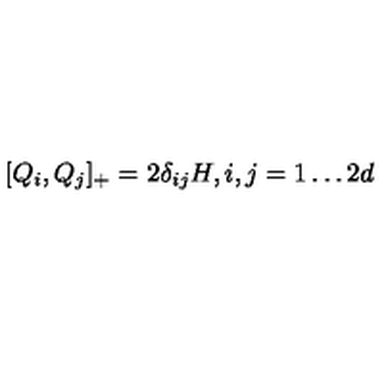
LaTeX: [ Q _ { i } , Q _ { j } ] _ { + } = 2 \delta _ { i j } H , i , j = 1 \ldots 2 d